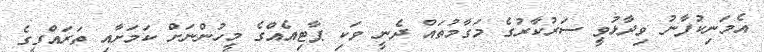
އެމަނިކުފާނު ވިދާޅުވީ ސަރުކާރުގެ މަގާމުތައް ދެނީ ވަކި ޕާޓިއެއްގެ މީހުންނަށް ކަމަށާއި ތަރައްގީގެ